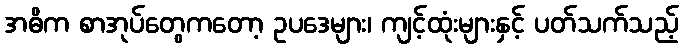
အဓိက စာအုပ်တွေကတော့ ဥပဒေများ၊ ကျင့်ထုံးများနှင့် ပတ်သက်သည့်